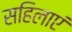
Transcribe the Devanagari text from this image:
सहिलाएं